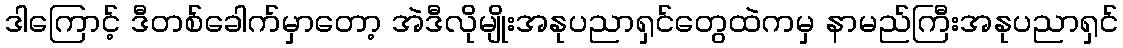
ဒါကြောင့် ဒီတစ်ခေါက်မှာတော့ အဲဒီလိုမျိုးအနုပညာရှင်တွေထဲကမှ နာမည်ကြီးအနုပညာရှင်